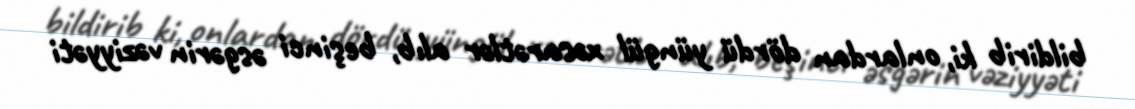
bildirib ki, onlardan dördü yüngül xəsarətlər alıb, beşinci əsgərin vəziyyəti